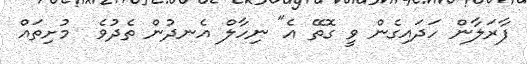
ފާރަލާން ހަދައިގެން ވީ ގޮތޭ އެ" ނިހާލް އެނދުން ތެދުވެ  މުށިތައް